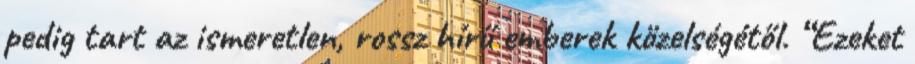
pedig tart az ismeretlen, rossz hírű emberek közelségétől. “Ezeket